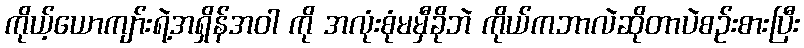
ကိုယ့်ယောကျာ်းရဲ့အရှိန်အဝါ ကို အလုံးစုံမမှီခိုဘဲ ကိုယ်ကဘာလဲဆိုတာပဲစဉ်းစားပြီး